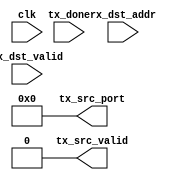
module RPCv3RouterArbiter #(
	parameter TOTAL_PORTS 		= 4,
	parameter CHILD_IS_TRUNK	= 1'b0,
	parameter THIS_PORT			= 0,
	parameter X_POS 						= 4'h0,
	parameter Y_POS 						= 4'h0
) (
	input wire		clk,
	input wire[TOTAL_PORTS-1 : 0]		rx_dst_valid,
	input wire[16*TOTAL_PORTS - 1 : 0]	rx_dst_addr,
	output reg							tx_src_valid	= 0,
	output reg[8:0]						tx_src_port		= 0,
	input wire							tx_done
);
	reg[8:0] 	rr_count	= 0;
	wire[8:0]	rr_count_inc	= rr_count + 1'h1;
	always @(posedge clk) begin
		if(tx_done) begin
			if(rr_count_inc >= TOTAL_PORTS)
				rr_count	<= 0;
			else
				rr_count	<= rr_count_inc;
		end
	end
	localparam BASE_ADDR				= {X_POS, Y_POS, 8'h00};
	localparam CHILD_PORT 				= THIS_PORT - 4;
	reg[TOTAL_PORTS-1:0]	port_match	= 0;
	genvar i;
	generate
		for(i=0; i<TOTAL_PORTS; i=i+1) begin : sendloop
			wire[15:0]	rx_dst	= rx_dst_addr[i*16 +: 16];
			wire[3:0]	rx_xpos	= rx_dst[15:12];
			wire[3:0]	rx_ypos	= rx_dst[11:8];
			wire[15:0]	addrxor	= rx_dst ^ BASE_ADDR[15:8];
			wire		random	= ^addrxor;
			always @(*) begin
				port_match[i]	<= 0;
				case(THIS_PORT)
					0: begin
						if(rx_ypos <= Y_POS)
							port_match[i]	<= 0;
						else begin
							if(rx_xpos == X_POS)
								port_match[i]	<= 1;
							else if(random)
								port_match[i]	<= 1;
							else
								port_match[i]	<= 0;
						end
					end
					1: begin
						if(rx_ypos >= Y_POS)
							port_match[i]	<= 0;
						else begin
							if(rx_xpos == X_POS)
								port_match[i]	<= 1;
							else if(random)
								port_match[i]	<= 1;
							else
								port_match[i]	<= 0;
						end
					end
					2: begin
						if(rx_xpos <= X_POS)
							port_match[i]	<= 0;
						else begin
							if(rx_ypos == Y_POS)
								port_match[i]	<= 1;
							else if(!random)
								port_match[i]	<= 1;
							else
								port_match[i]	<= 0;
						end
					end
					3: begin
						if(rx_xpos >= X_POS)
							port_match[i]	<= 0;
						else begin
							if(rx_ypos == Y_POS)
								port_match[i]	<= 1;
							else if(!random)
								port_match[i]	<= 1;
							else
								port_match[i]	<= 0;
						end
					end
					default: begin
						if(CHILD_IS_TRUNK)
							port_match[i]	<= (rx_dst[15:8] == BASE_ADDR[15:8]);
						else
							port_match[i]	<= (rx_dst == {BASE_ADDR[15:8], CHILD_PORT[7:0]});
					end
				endcase
			end
		end
	endgenerate
	wire[TOTAL_PORTS-1:0]	port_sending_to_us	= port_match & rx_dst_valid;
	always @(posedge clk) begin
	end
endmodule